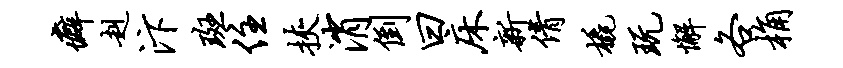
癖赳汴斑住挟消倒曰床新倩橇玩懈各桷